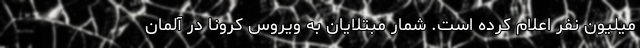
میلیون نفر اعلام کرده‌ است. شمار مبتلایان به ویروس کرونا در آلمان